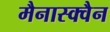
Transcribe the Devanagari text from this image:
मैनास्क्वैन